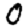
Digit: 0